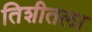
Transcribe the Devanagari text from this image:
तिशीतला